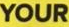
YOUR